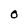
Character: O